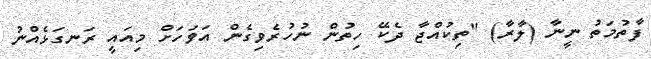
ފާތުމަތު ނީނާ (ލާރާ) "ތިކުއްޖާ ދެކޭ ހިތުން ނުހުރެވިގެން އަވަހަށް މިއައީ ރަނގަޅެއްނު